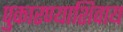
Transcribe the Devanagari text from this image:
पुकारण्याशिवाय